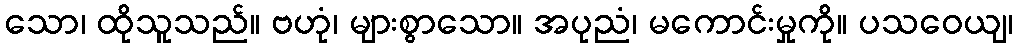
သော၊ ထိုသူသည်။ ဗဟုံ၊ များစွာသော။ အပုညံ၊ မကောင်းမှုကို။ ပသဝေယျ၊